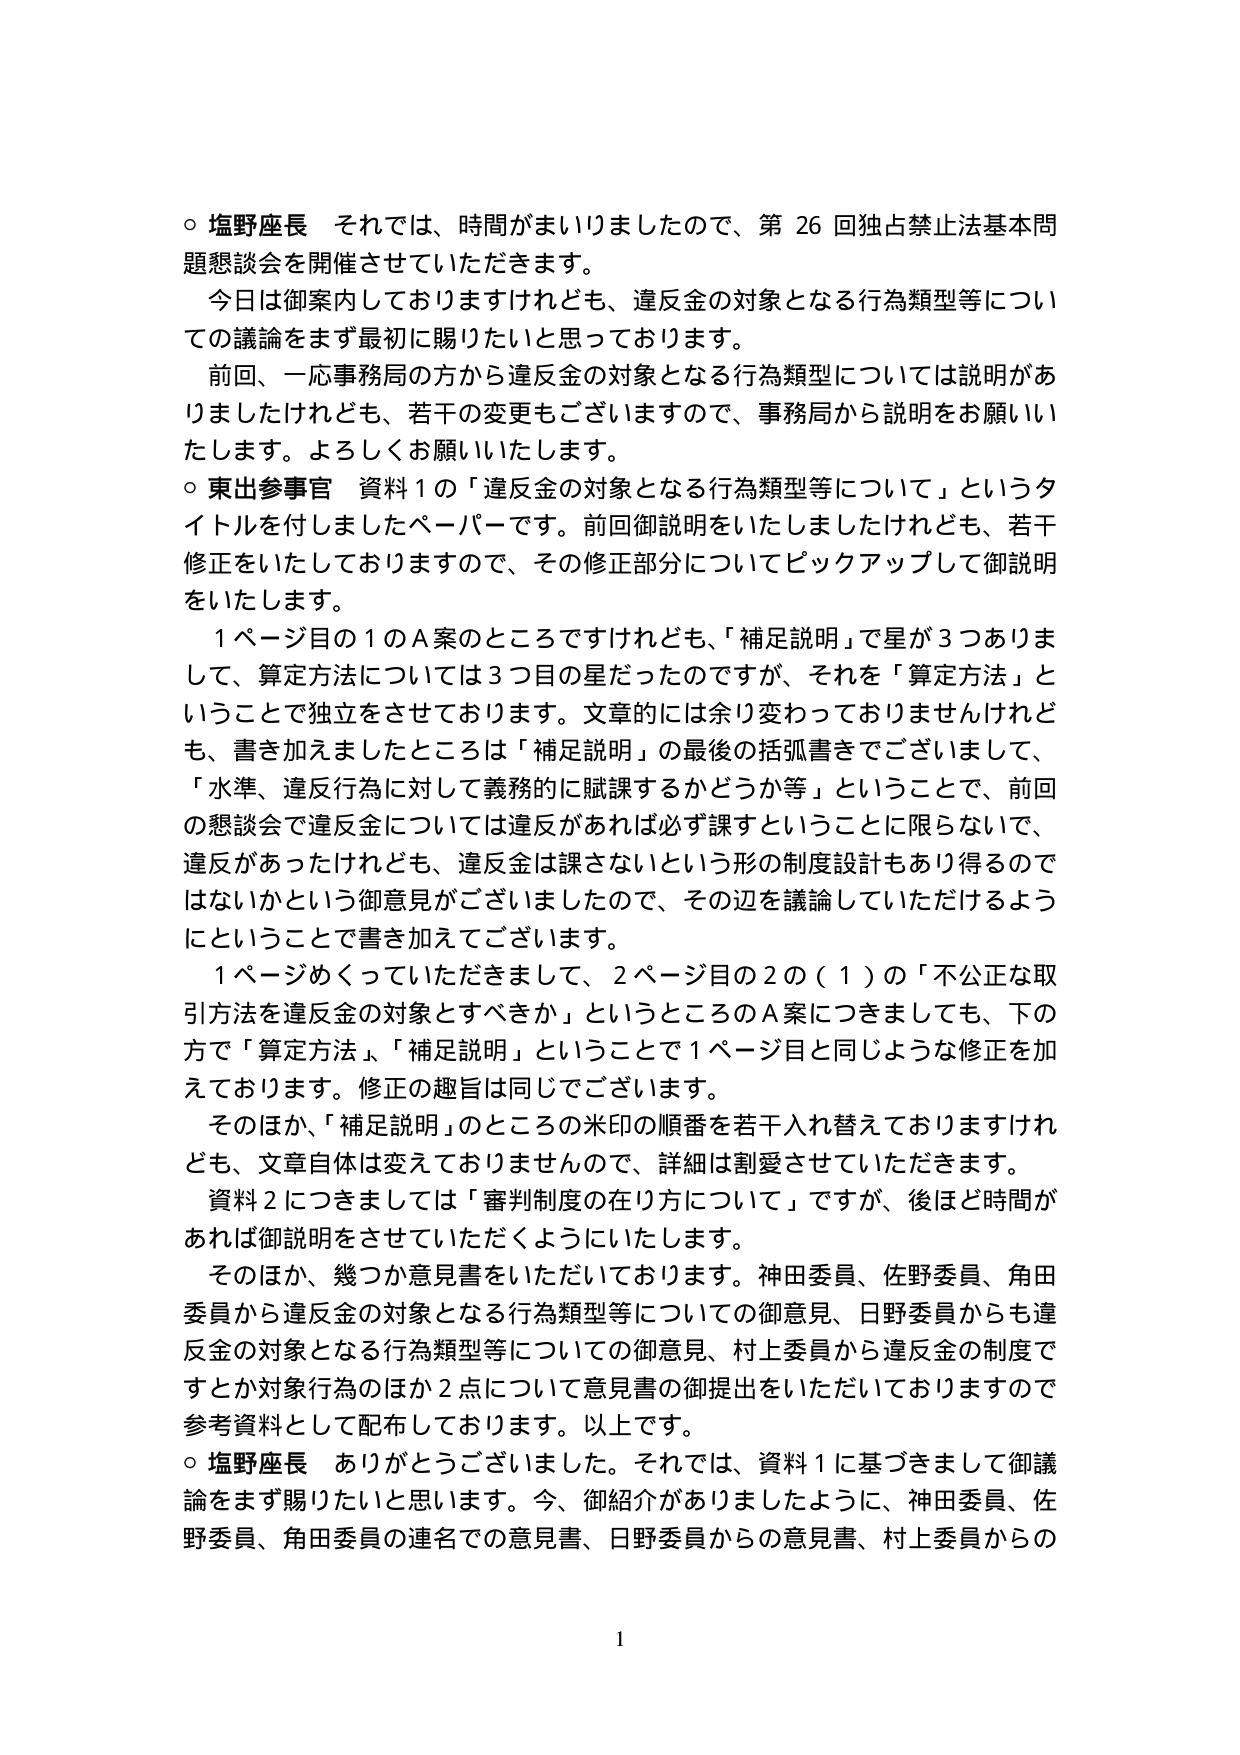
○ 塩野座長 それでは、時間がまいりましたので、第 26 回独占禁止法基本問題懇談会を開催させていただきます。
今日は御案内しておりますけれども、違反金の対象となる行為類型等についての議論をまず最初に賜りたいと思っております。
前回、一応事務局の方から違反金の対象となる行為類型については説明がありましたけれども、若干の変更もございますので、事務局から説明をお願いいたします。よろしくお願いいたします。
○ 東出参事官 資料１の「違反金の対象となる行為類型等について」というタイトルを付しましたペーパーです。前回御説明をいたしましたけれども、若干修正をいたしておりますので、その修正部分についてピックアップして御説明をいたします。
１ページ目の１のＡ案のところですけれども、「補足説明」で星が３つありまして、算定方法については３つ目の星だったのですが、それを「算定方法」ということで独立をさせております。文章的には余り変わっておりませんけれども、書き加えましたところは「補足説明」の最後の括弧書きでございまして、「水準、違反行為に対して義務的に賦課するかどうか等」ということで、前回の懇談会で違反金については違反があれば必ず課すということに限らないで、違反があったけれども、違反金は課さないという形の制度設計もあり得るのではないかという御意見がございましたので、その辺を議論していただけるようにということで書き加えてございます。
１ページめくっていただきまして、２ページ目の２の（１）の「不公正な取引方法を違反金の対象とするべきか」というところのＡ案につきましても、下の方で「算定方法」「補足説明」ということで１ページ目と同じような修正を加えております。修正の趣旨は同じでございます。
そのほか、「補足説明」のところの米印の順番を若干入れ替えておりますけれども、文章自体は変えておりませんので、詳細は割愛させていただきます。
資料２につきましては「審判制度の在り方について」ですが、後ほど時間があれば御説明をさせていただくようにいたします。
そのほか、幾つか意見書をいただいております。神田委員、佐野委員、角田委員から違反金の対象となる行為類型等についての御意見、日野委員からも違反金の対象となる行為類型等についての御意見、村上委員から違反金の制度ですとか対象行為のほか２点について意見書の御提出をいただいておりますので参考資料として配布しております。以上です。
○ 塩野座長 ありがとうございました。それでは、資料１に基づきまして御議論をまず賜りたいと思います。今、御紹介がありましたように、神田委員、佐野委員、角田委員の連名での意見書、日野委員からの意見書、村上委員からの

1